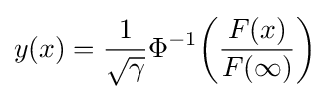
y(x)={\frac {1}{\sqrt {\gamma }}}\Phi ^{-1}{\left({\frac {F(x)}{F(\infty )}}\right)}